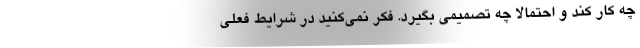
چه کار کند و احتمالاً چه تصمیمی بگیرد. فکر نمی‌کنید در شرایط فعلی